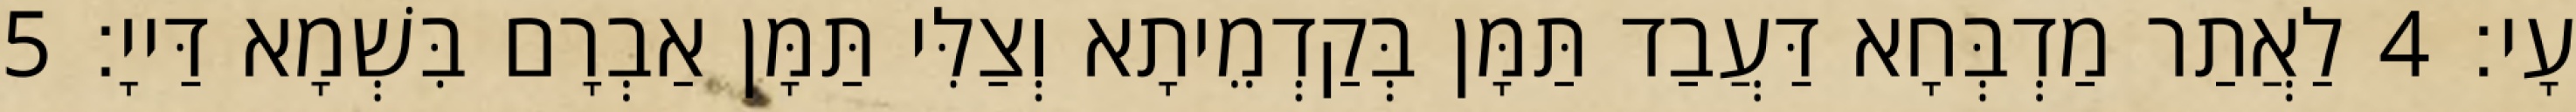
עָי׃ 4 לַאֲתַר מַדְבְּחָא דַּעֲבַד תַּמָּן בְּקַדְמֵיתָא וְצַלִּי תַּמָּן אַבְרָם בִּשְׁמָא דַּייָ׃ 5